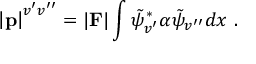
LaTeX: \left| { \bf p } \right| ^ { v ^ { \prime } v ^ { \prime \prime } } = \vert { \bf F } \vert \int \tilde { \psi } _ { v ^ { \prime } } ^ { \ast } \alpha \tilde { \psi } _ { v ^ { \prime \prime } } d x ~ .